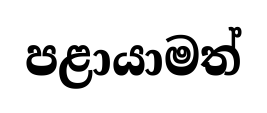
පළායාමත්